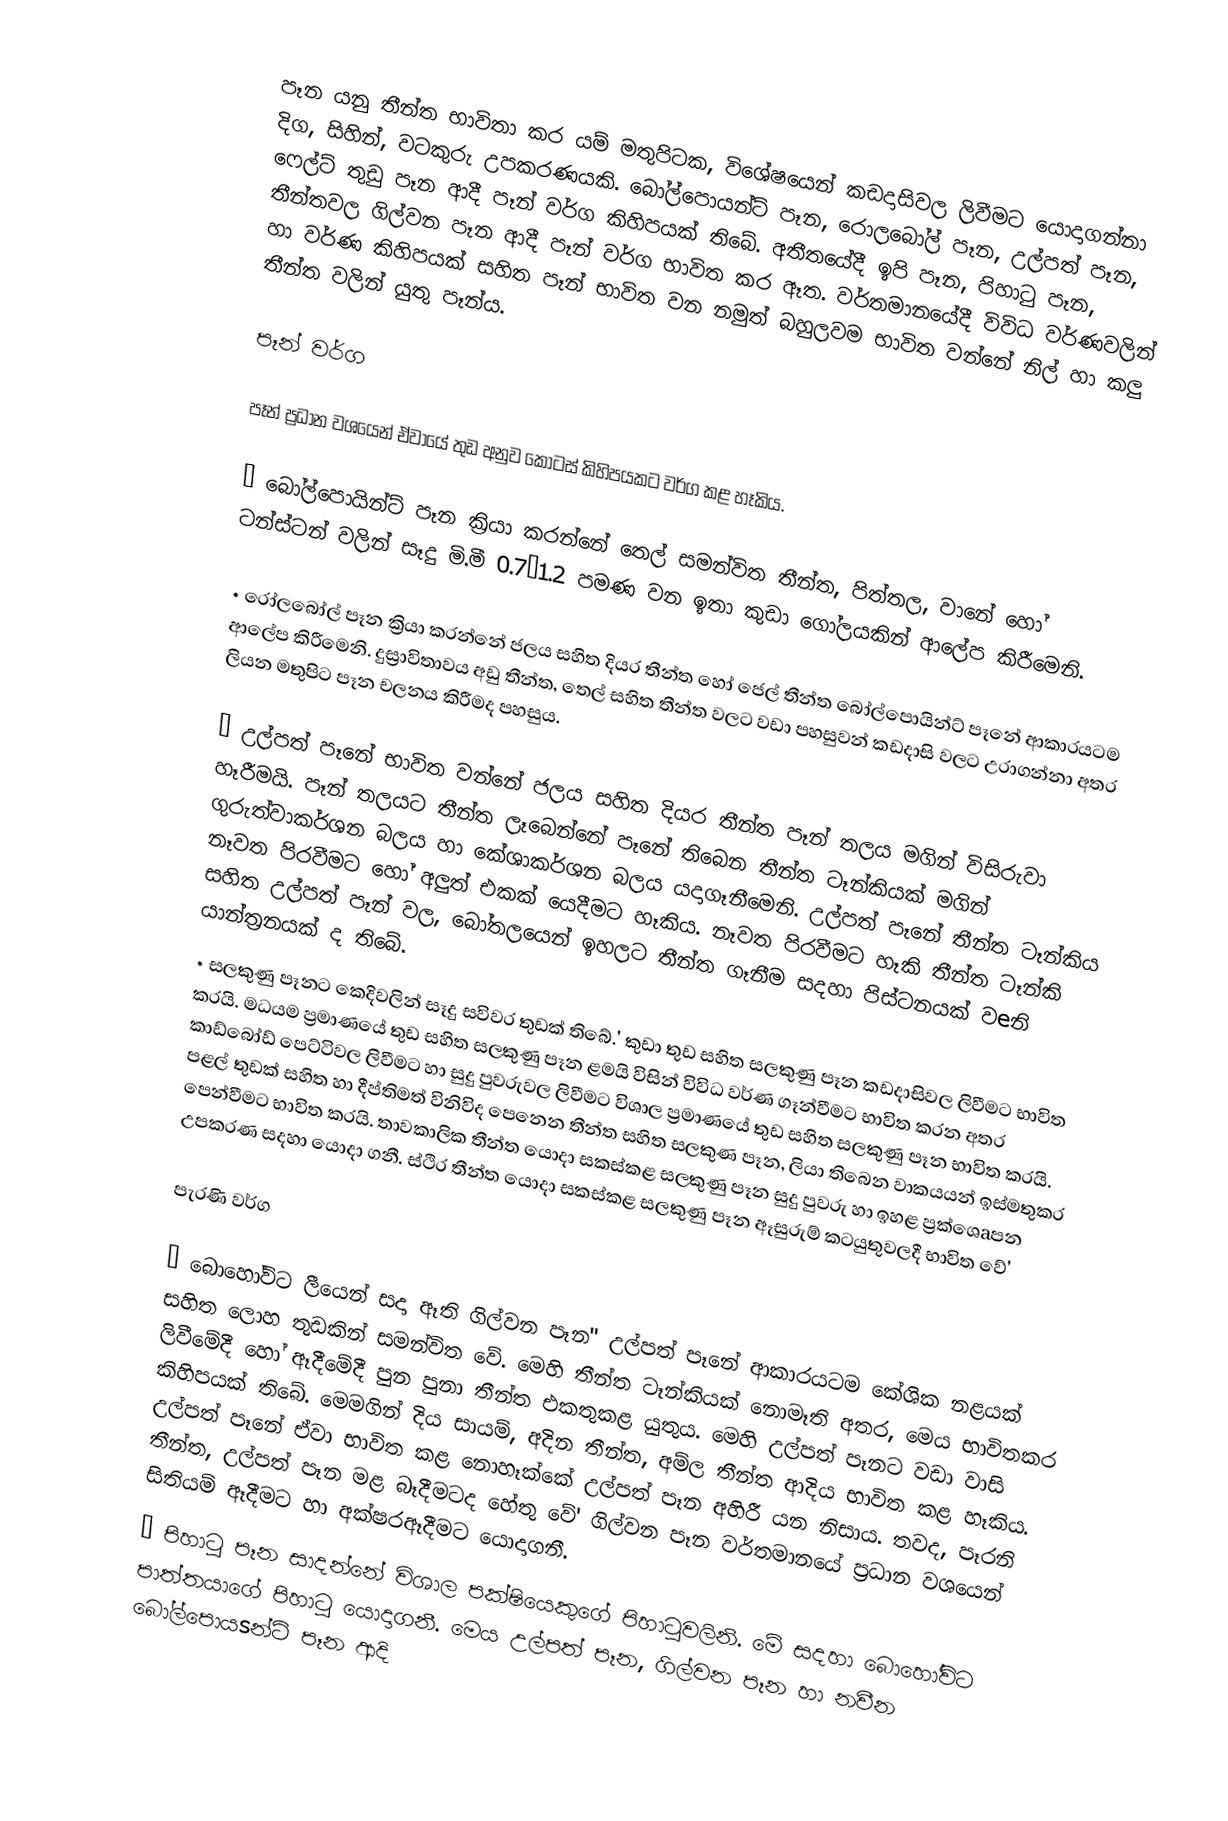
පෑන යනු තීන්ත භාවිතා කර යම් මතුපිටක, විශේෂයෙන් කඩදාසිවල ලිවීමට යොදාගන්නා දිග, සිහින්, වටකුරු උපකරණයකි. බෝල්පොයන්ට් පෑන, රොලබෝල් පෑන, උල්පත් පෑන, ෆෙල්ට් තුඩු පෑන ආදී පෑන් වර්ග කිහිපයක් තිබේ.  අතීතයේදී ඉපි පෑන, පිහාටු පෑන, තීන්තවල ගිල්වන පෑන ආදී පෑන් වර්ග භාවිත කර ඈත. වර්තමානයේදී විවිධ වර්ණවලින් හා වර්ණ කිහිපයක් සහිත පෑන් භාවිත වන නමුත් බහුලවම භාවිත වන්නේ නිල් හා කලු තීන්ත වලින් යුතු පෑන්ය.

පෑන් වර්ග

පෑන් ප්‍රධාන වශයෙන් ඒවායේ තුඩ අනුව කොටස් කිහිපයකට වර්ග කළ හෑකිය.

•	බෝල්පොයින්ට් පෑන ක්‍රියා කරන්නේ තෙල් සමන්විත තීන්ත, පිත්තල, වානේ හෝ ටන්ස්ටන් වලින් සෑදු මි.මී 0.7–1.2 පමණ වන ඉතා කුඩා ගෝලයකින් ආලේප කිරීමෙනි.

•	රෝලබෝල් පෑන ක්‍රියා කරන්නේ ජලය සහිත දියර තීන්ත හෝ ජෙල් තීන්ත බෝල්පොයින්ට් පෑනේ ආකාරයටම ආලේප කිරීමෙනි. දුස්‍රාවිතාවය අඩු තීන්ත, තෙල් සහිත තීන්ත වලට වඩා පහසුවන් කඩදාසි වලට උරාගන්නා අතර ලියන මතුපිට පෑන චලනය කිරීමද පහසුය.

•	උල්පත් පෑනේ භාවිත වන්නේ ජලය සහිත දියර තීන්ත  පෑන් තලය මගින් විසිරුවා හෑරීමයි. පෑන් තලයට තීන්ත ලෑබෙන්නේ පෑනේ තිබෙන තීන්ත ටෑන්කියක් මගින් ගුරුත්වාකර්ශන බලය හා කේශාකර්ශන බලය යදාගෑනීමෙනි. උල්පත් පෑනේ තීන්ත ටෑන්කිය නෑවත පිරවීමට හෝ අලුත් එකක් යෙදීමට හෑකිය. නෑවත පිරවීමට හෑකි තීන්ත ටෑන්කි සහිත උල්පත් පෑන් වල, බෝතලයෙන් ඉහලට තීන්ත  ගෑනීම සදහා පිස්ටනයක් වeනි යාන්ත්‍රනයක් ද තිබේ.
•	සලකුණු පෑනට කෙදිවලින් සෑදු සවිවර තුඩක් තිබේ.' කුඩා තුඩ සහිත සලකුණු පෑන කඩදාසිවල ලිවීමට භාවිත කරයි. මධ‍යම ප්‍රමාණයේ තුඩ සහිත සලකුණු පෑන ළමයි විසින් විවිධ වර්ණ ගෑන්වීමට භාවිත කරන අතර කාඩ්බෝඩ් පෙට්ටිවල ලිවීමට හා සුදු පුවරුවල ලිවීමට විශාල ප්‍රමාණයේ තුඩ සහිත සලකුණු පෑන භාවිත කරයි. පළල් තුඩක් සහිත හා දීප්තිමත් විනිවිද පෙනෙන  තීන්ත සහිත සලකුණ පෑන, ලියා තිබෙන වාක‍යයන් ඉස්මතුකර පෙන්වීමට භාවිත කරයි. තාවකාලික තීන්ත යොදා සකස්කළ සලකුණු පෑන සුදු පුවරු හා ඉහළ ප්‍රක්ශෙaපන උපකරණ සදහා යොදා ගනී. ස්ථිර තීන්ත යොදා සකස්කළ සලකුණු පෑන ඈසුරුම් කටයුතුවලදී භාවිත වේ'

පැරණි වර්ග

•	බොහෝවිට ලීයෙන් සදා ඈති ගිල්වන පෑන" උල්පත් පෑනේ ආකාරයටම කේශික නළයක් සහිත ලොහ තුඩකින් සමන්විත වේ. මෙහි තීන්ත ටෑන්කියක් නොමෑති අතර, මෙය භාවිතකර ලිවීමේදී හෝ ඈදීමේදී පුන පුනා තීන්ත එකතුකළ යුතුය. මෙහි උල්පත් පෑනට වඩා වාසි කිහිපයක් තිබේ. මෙමගින් දිය සායම්, අදින තීන්ත, අම්ල තීන්ත ආදිය භාවිත කළ හෑකිය. උල්පත් පෑනේ ඒවා භාවිත කළ නොහෑක්කේ උල්පත් පෑන අහිරී යන නිසාය. තවද, පෑරනි තීන්ත, උල්පත් පෑන මළ බෑදීමටද හේතු වේ' ගිල්වන පෑන වර්තමානයේ ප්‍රධාන වශයෙන් සිතියම් ඈදීමට හා අක්ෂරඈදීමට යොදාගනී.
•	පිහාටු පෑන සාදන්නේ විශාල පක්ෂියෙකුගේ පිහාටුවලිනි. මේ සදහා බොහෝවිට පාත්තයාගේ පිහාටු යොදාගනී. මෙය උල්පත් පෑන, ගිල්වන පෑන හා නවීන බෝල්පොයsන්ට් පෑන ආදි